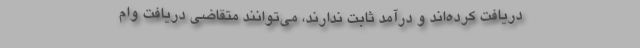
دریافت کرده‌اند و درآمد ثابت ندارند، می‌توانند متقاضی دریافت وام